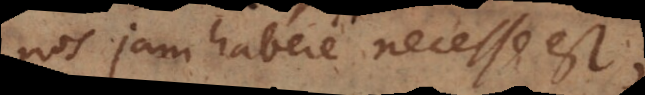
nos jam habere necesse est